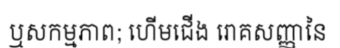
ឬសកម្មភាព; ហើមជើង រោគសញ្ញានៃ